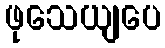
ဖုသေယျပေ